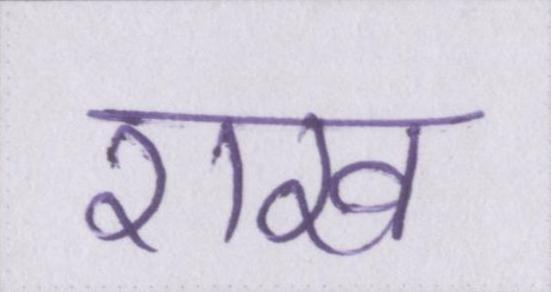
राख